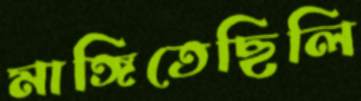
মাঙ্গিতেছিলি